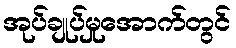
အုပ်ချုပ်မှုအောက်တွင်